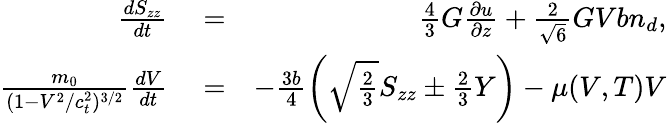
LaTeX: \begin{array}{rlr}{\frac{dS_{zz}}{dt}}&{{}=}&{\frac{4}{3}G\frac{\partial u}{\partial z}+\frac{2}{\sqrt{6}}GVbn_{d},}\\ {\frac{m_{0}}{(1-V^{2}/c_{t}^{2})^{3/2}}\frac{dV}{dt}}&{{}=}&{-\frac{3b}{4}\left(\sqrt{\frac{2}{3}}S_{zz}\pm\frac{2}{3}Y\right)-\mu(V,T)V}\end{array}